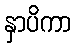
နှာပိကာ